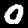
Label: 0